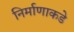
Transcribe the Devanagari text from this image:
निर्माणाकडे